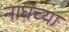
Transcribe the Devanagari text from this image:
नाघंच्या